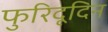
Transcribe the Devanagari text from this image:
फुरिदूदिन